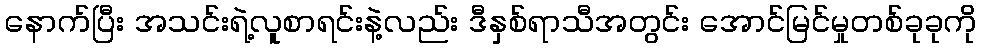
နောက်ပြီး အသင်းရဲ့လူစာရင်းနဲ့လည်း ဒီနှစ်ရာသီအတွင်း အောင်မြင်မှုတစ်ခုခုကို